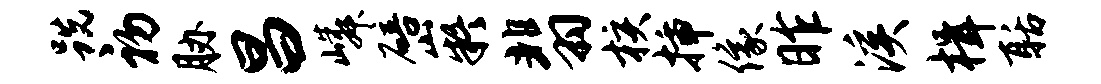
跣初胁昌嶙碚嶷翡核插像昨溪楫聒